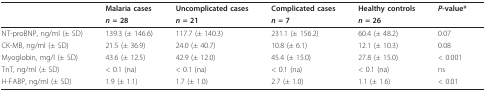
<table><thead><tr><td></td><td><b>Malaria cases</b></td><td><b>Uncomplicated cases</b></td><td><b>Complicated cases</b></td><td><b>Healthy controls</b></td><td><b><i>P</i>-value*</b></td></tr><tr><td></td><td><b><i>n </i>= 28</b></td><td><b><i>n </i>= 21</b></td><td><b><i>n </i>= 7</b></td><td><b><i>n </i>= 26</b></td><td></td></tr></thead><tbody><tr><td>NT-proBNP, ng/ml (± SD)</td><td>139.3 (± 146.6)</td><td>117.7 (± 140.3)</td><td>231.1 (± 156.2)</td><td>60.4 (± 48.2)</td><td>0.07</td></tr><tr><td>CK-MB, ng/ml (± SD)</td><td>21.5 (± 36.9)</td><td>24.0 (± 40.7)</td><td>10.8 (± 6.1)</td><td>12.1 (± 10.3)</td><td>0.08</td></tr><tr><td>Myoglobin, mg/l (± SD)</td><td>43.6 (± 12.5)</td><td>42.9 (± 12.0)</td><td>45.4 (± 15.0)</td><td>27.8 (± 15.0)</td><td>&lt; 0.001</td></tr><tr><td>TnT, ng/ml (± SD)</td><td>&lt; 0.1 (na)</td><td>&lt; 0.1 (na)</td><td>&lt; 0.1 (na)</td><td>&lt; 0.1 (na)</td><td>ns</td></tr><tr><td>H-FABP, ng/ml (± SD)</td><td>1.9 (± 1.1)</td><td>1.7 (± 1.0)</td><td>2.7 (± 1.0)</td><td>1.1 (± 1.6)</td><td>&lt; 0.01</td></tr></tbody></table>